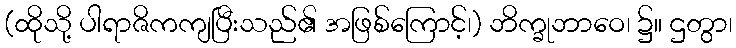
(ထိုသို့ ပါရာဇိကကျပြီးသည်၏ အဖြစ်ကြောင့်၊) ဘိက္ခုဘာဝေ၊ ၌။ ဌတွာ၊